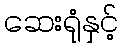
ဆေးရုံနှင့်